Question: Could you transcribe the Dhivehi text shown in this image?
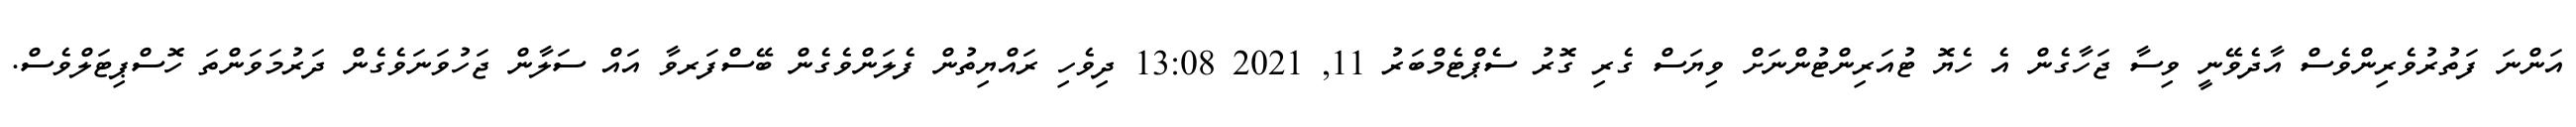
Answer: އަންނަ ފަތުރުވެރިންވެސް އާދެވޭނީ ވިސާ ޖަހާގެން އެ ހެޔޮ ޓުއަރިންޓުންނަށް ވިޔަސް ގެރި ގޮރު ސެޕްޓެމްބަރު 11, 2021 13:08 ދިވެހި ރައްޔިތުން ފެލަންވެގެން ބޭސްފަރވާ އައް ސަލާން ޖަހުވަނަވެގެން ދަރުމަވަންތަ ހޮސްޕިޓަލްވެސް.